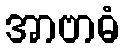
အာဗာဓံ